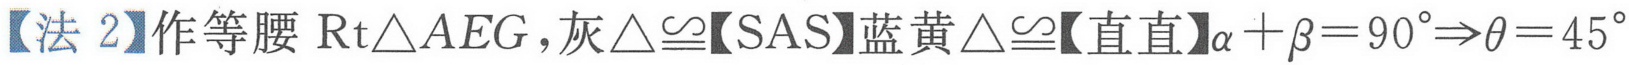
【法 2】作等腰 $\mathrm{Rt}\triangle AEG$，灰 $\triangle\cong$【SAS】蓝黄 $\triangle\cong$【直直】$\alpha+\beta = 90^{\circ}\Rightarrow\theta = 45^{\circ}$